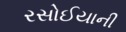
રસોઈયાની